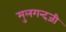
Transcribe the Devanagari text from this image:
मुलगन्दजी